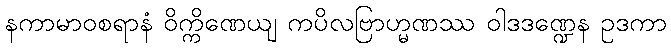
နကာမာဝစရာနံ ဝိက္ကိဏေယျ ကပိလဗြာဟ္မဏဿ ဝါဒဒဏ္ဍေန ဥဒကာ